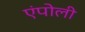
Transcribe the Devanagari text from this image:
एंपोली